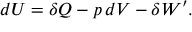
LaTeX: d U = \delta Q - p \, d V - \delta W ^ { \prime } .